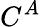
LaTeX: C^{A}